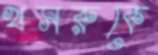
খসরুকে